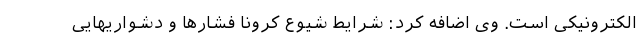
الکترونیکی است. وی اضافه کرد: شرایط شیوع کرونا فشارها و دشواریهایی